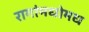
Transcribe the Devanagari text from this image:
रागांमधोमध